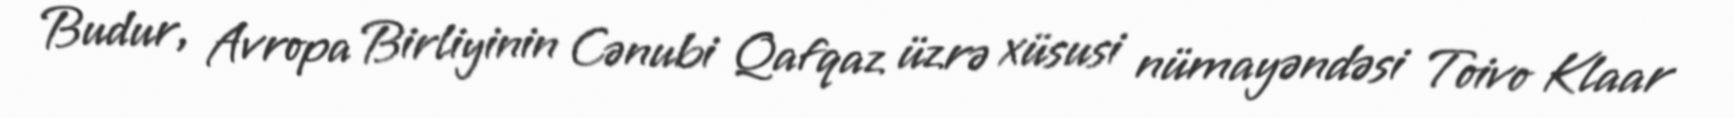
Budur, Avropa Birliyinin Cənubi Qafqaz üzrə xüsusi nümayəndəsi Toivo Klaar